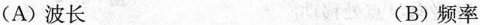
(A)波长 (B)频率